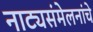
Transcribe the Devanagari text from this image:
नाट्यसंमेलनांचे